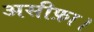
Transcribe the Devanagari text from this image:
असीफ़ा।